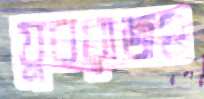
যুবরাজও